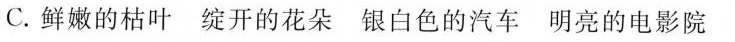
C.鲜嫩的枯叶 绽开的花朵 银白色的汽车 明亮的电影院